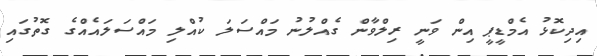
އިދިކޮޅު އެމްޑީޕީ އިން ވަނީ ރިލްވާން ގެއްލުނު މައްސަލަ ކުއްލި މައްސަލައެއްގެ ގޮތުގައި